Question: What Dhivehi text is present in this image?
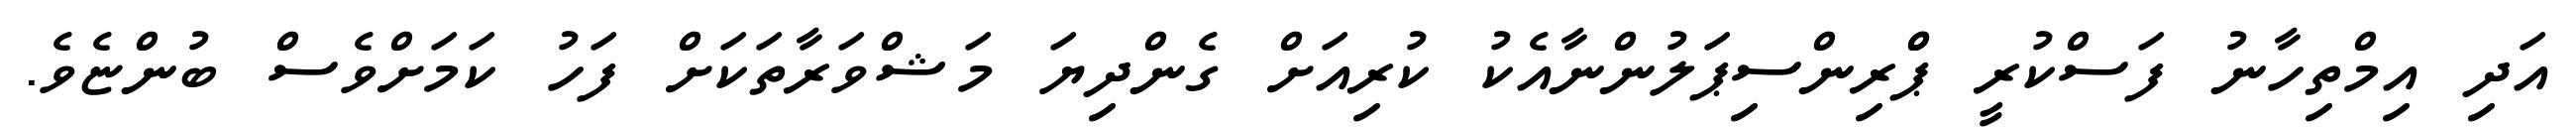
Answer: އަދި އިމްތިހާނު ފަސްކުރީ ޕްްރިންސިޕަލުންނާއެކު ކުރިއަށް ގެންދިޔަ މަޝްވަރާތަކަށް ފަހު ކަމަށްވެސް ބުންޏެވެ.